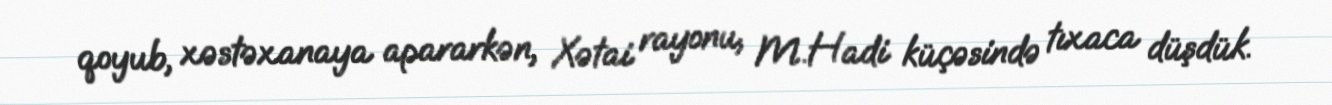
qoyub, xəstəxanaya apararkən, Xətai rayonu, M.Hadi küçəsində tıxaca düşdük.